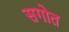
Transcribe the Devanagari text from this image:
सगोत